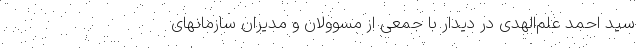
سید احمد علم‌الهدی در دیدار با جمعی از مسوولان و مدیران سازمانهای